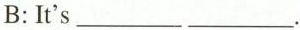
B:It's___ ___.